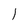
Character: 1